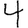
Digit: 4